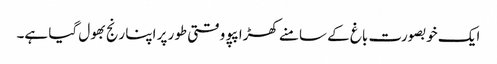
ایک خوبصورت باغ کے سامنے کھڑا پپو وقتی طور پر اپنا رنج بھول گیا ہے۔